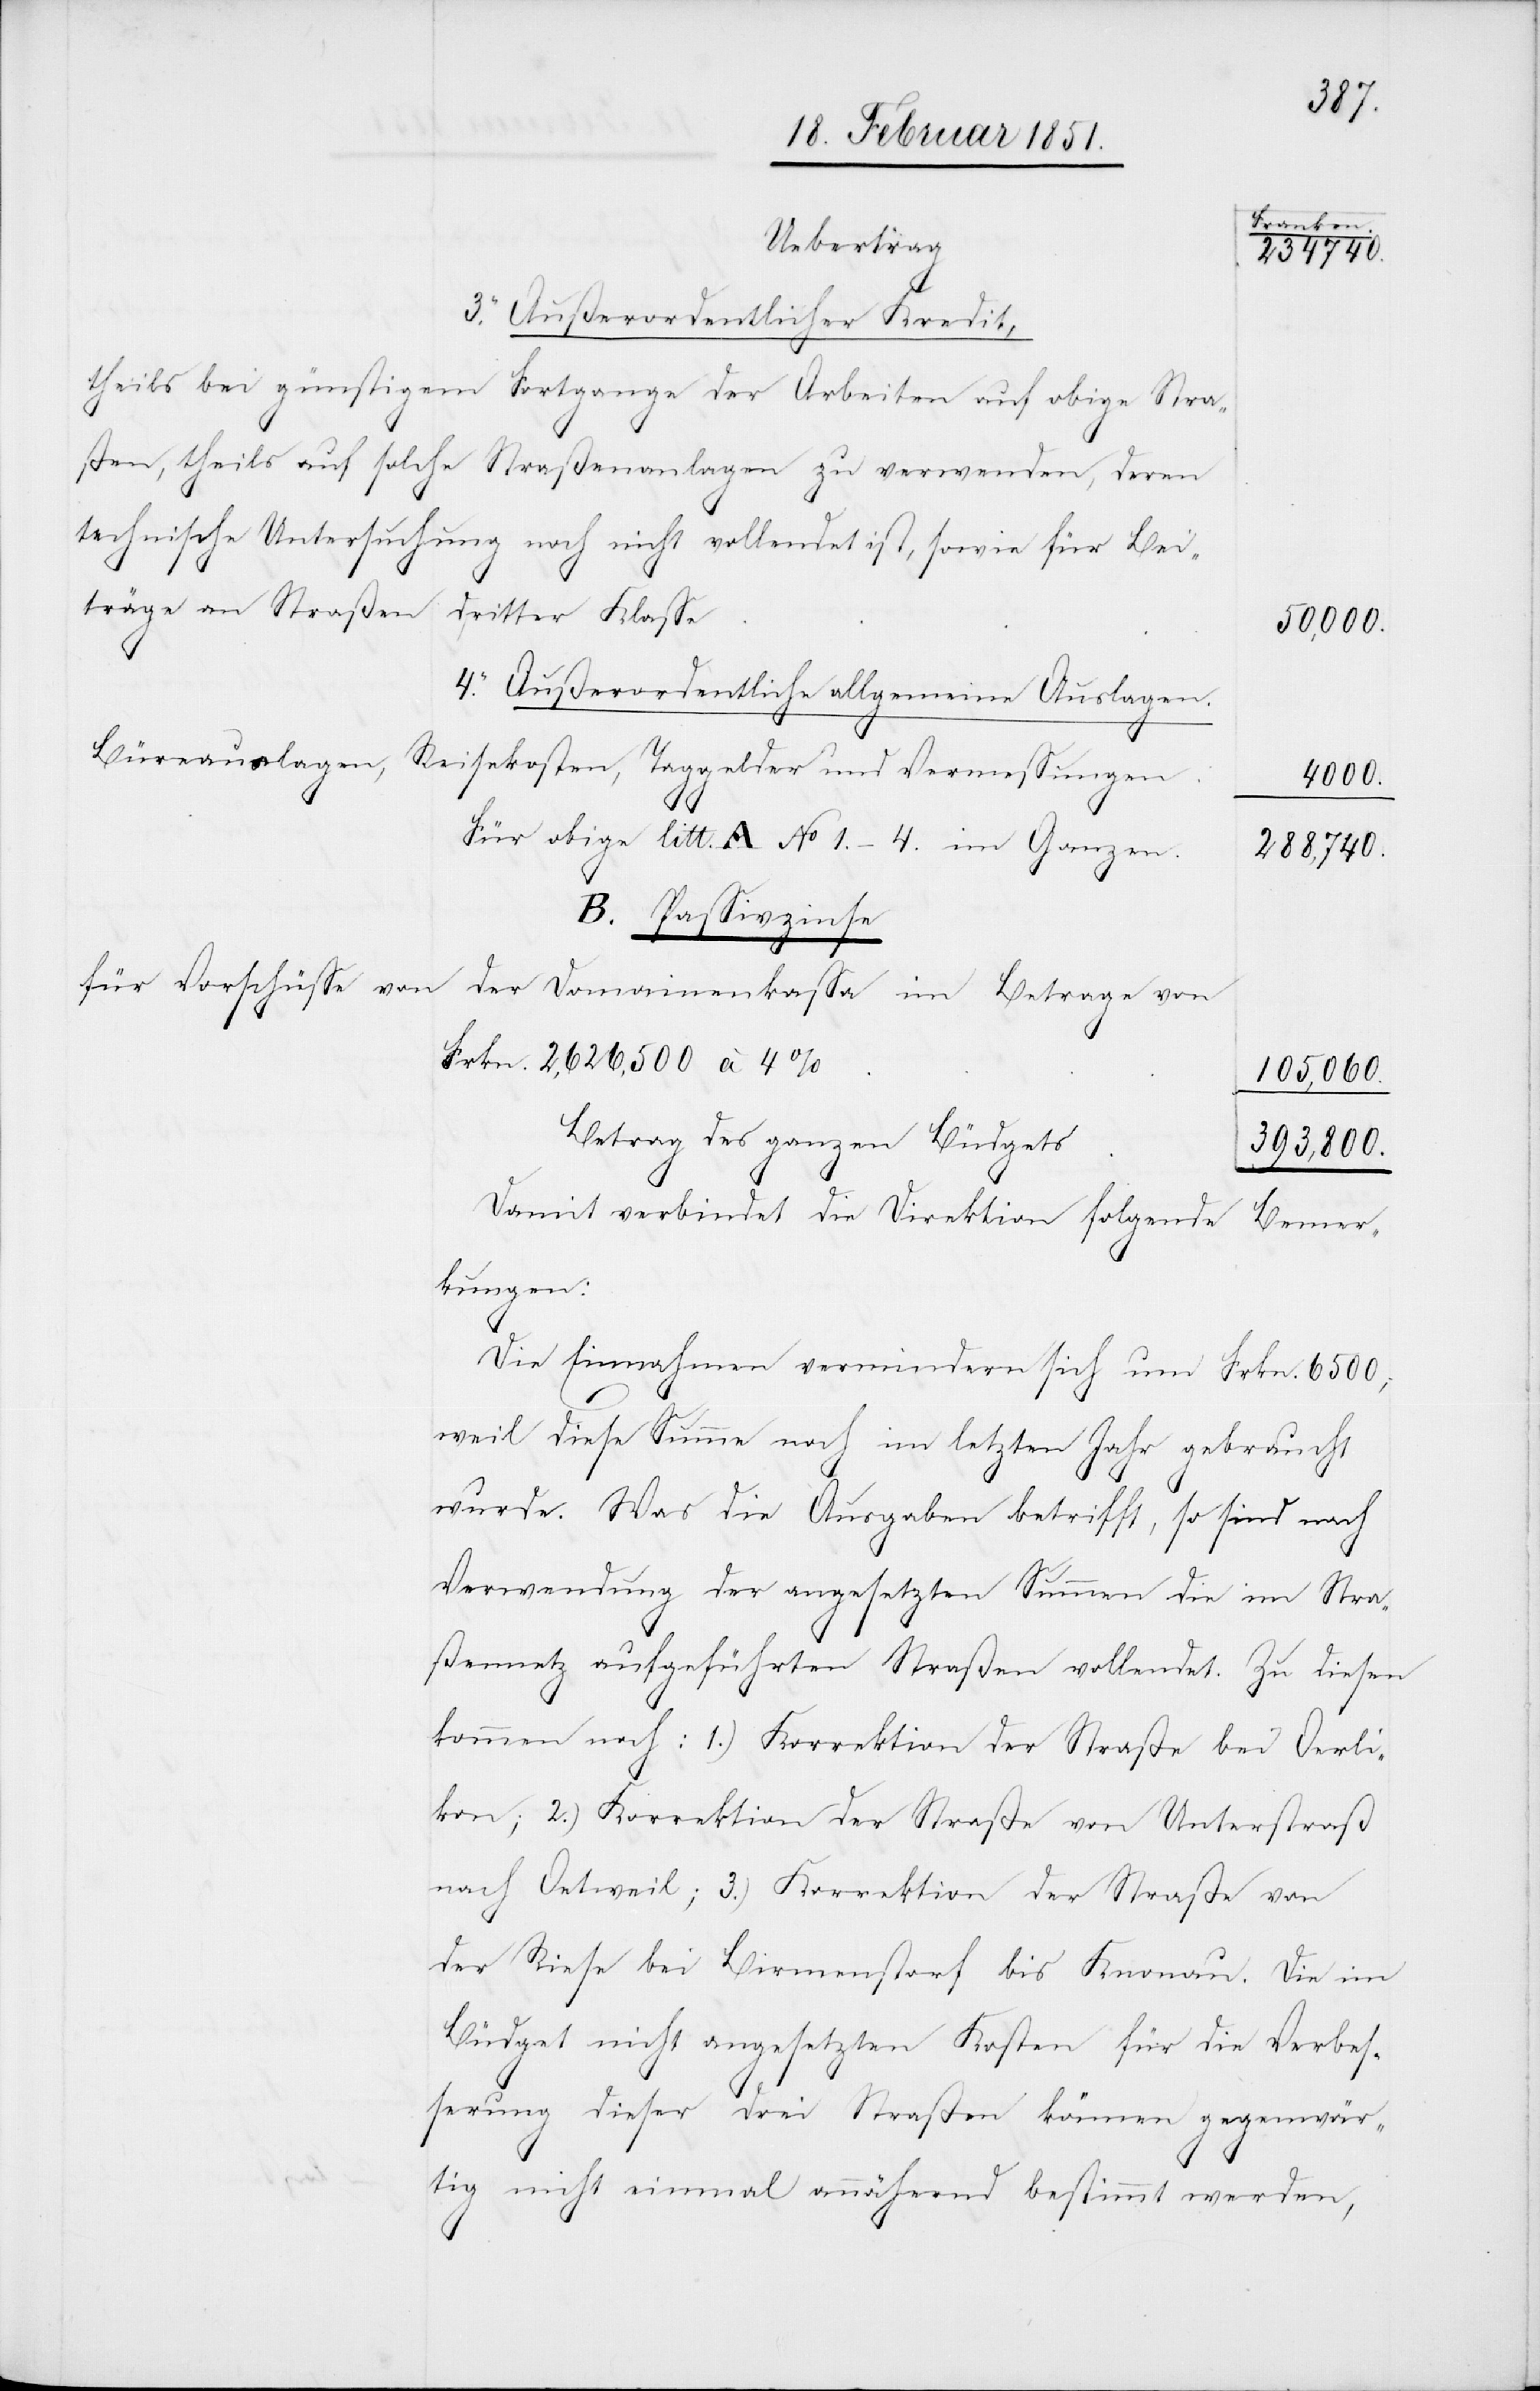
Franken.
Uebertrag
234740.
3. Außerordentlicher Kredit,
theils bei günstigem Fortgange der Arbeiten auf obige Stra¬
ßen, theils auf solche Straßenanlagen zu verwenden, deren
technische Untersuchung noch nicht vollendet ist, sowie für Bei¬
träge an Straßen dritter Klasse
50,000.
4. Außerordentliche allgemeine Auslagen.
Büreau[au]slagen, Reisekosten, Taggelder und Vermessungen
4000.
Für obige litt. A No 1.–4. im Ganzen.
288,740.
B. Passivzinse
für Vorschüsse von
der Domainenkassa im Betrage von
Frkn. 2,626,500 à 4%
105,060.
Betrag des ganzen Büdgets
393,800.
Damit verbindet die Direktion folgende Bemer¬
kungen:
Die Einnahmen vermindern sich um Frkn. 6500,
weil diese Summe noch im letzten Jahr gebraucht
wurde. Was die Ausgaben betrifft, so sind nach
Verwendung der angesetzten Summen die im Stra¬
ßennetz aufgeführten Straßen vollendet. Zu diesen
kommen noch: 1.) Korrektion der Straße bei Oerli¬
kon; 2.) Korrektion der Straße von Unterstraß
nach Oetweil; 3.) Korrektion der Straße von
der Riese bei Birmenstorf bis Knonau. Die im
Büdget nicht angesetzten Kosten für die Verbes¬
serung dieser drei Straßen können gegenwär¬
tig nicht einmal annähernd bestimmt werden,